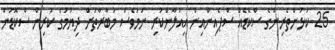
25 ކުޅުންތެރިންގެ ސްކޮޑެއް ސްޕެއިންއިން އިއުލާންކުރި ނަމަވެސް މުބާރާތަށް ދިޔުމުގެ ކުރިން ސްކޮޑުން